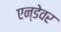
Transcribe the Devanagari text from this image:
एन्डेवर